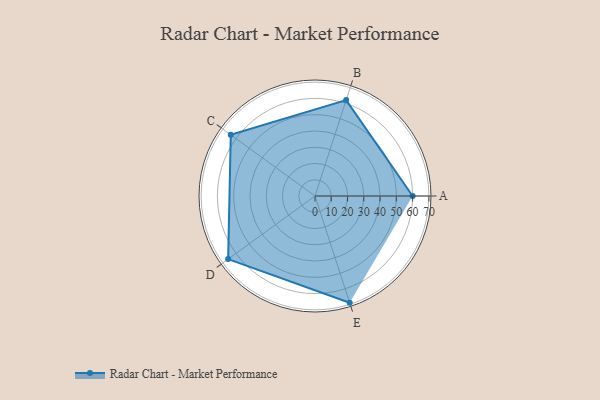
{"axis": {"x": "Skill", "y": "Score"}, "legend": ["Profile"], "data": [{"x": "A", "y": 60.0, "type": "Profile"}, {"x": "B", "y": 62.0, "type": "Profile"}, {"x": "C", "y": 64.0, "type": "Profile"}, {"x": "D", "y": 66.0, "type": "Profile"}, {"x": "E", "y": 69.0, "type": "Profile"}]}